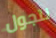
نتجول